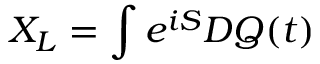
X _ { L } = \int e ^ { i S } { \cal D } Q ( t )